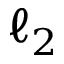
\ell _ { 2 }